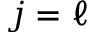
j = \ell